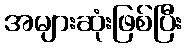
အများဆုံးဖြစ်ပြီး